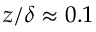
z / \delta \approx 0 . 1